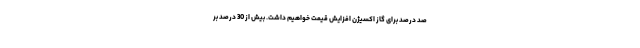
صد درصد برای گاز اکسیژن افزایش قیمت خواهیم داشت. بیش از 30 درصد بر